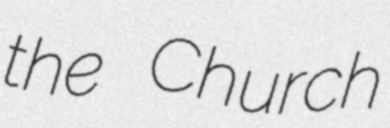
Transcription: the Church